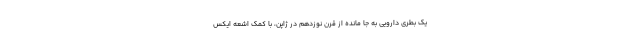
یک بطری دارویی به جا مانده از قرن نوزدهم در ژاپن، با کمک اشعه‌ ایکس